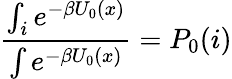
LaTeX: \frac{\int_{i}e^{-\beta U_{0}(x)}}{\int e^{-\beta U_{0}(x)}}=P_{0}(i)